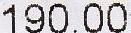
190.00